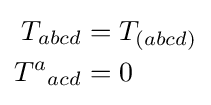
{\begin{aligned}T_{abcd}&=T_{(abcd)}\\T^{a}{}_{acd}&=0\end{aligned}}